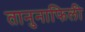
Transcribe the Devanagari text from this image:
तानुनाफिली